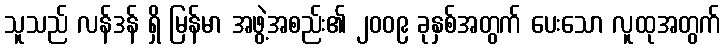
သူသည် လန်ဒန် ရှိ မြန်မာ အဖွဲ့အစည်း၏ ၂၀၀၉ ခုနှစ်အတွက် ပေးသော လူထုအတွက်